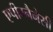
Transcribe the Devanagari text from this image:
एपीग्नैनेसी